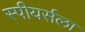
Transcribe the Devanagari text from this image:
स्पीयर्सला